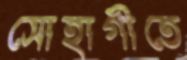
সোহাগীতে